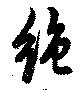
絶